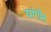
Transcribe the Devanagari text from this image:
यांगौन